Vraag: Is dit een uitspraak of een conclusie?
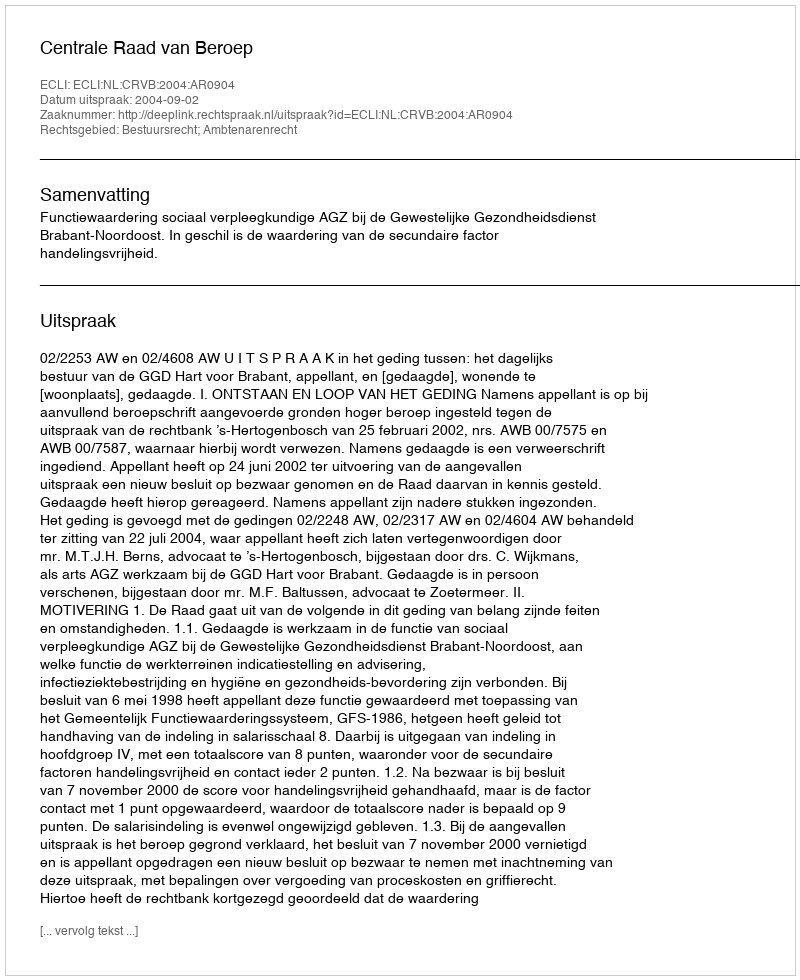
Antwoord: Uitspraak